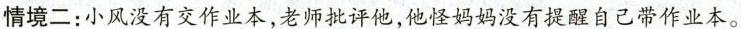
情境二：小风没有交作业本，老师批评他，他怪妈妈没有提醒自己带作业本。